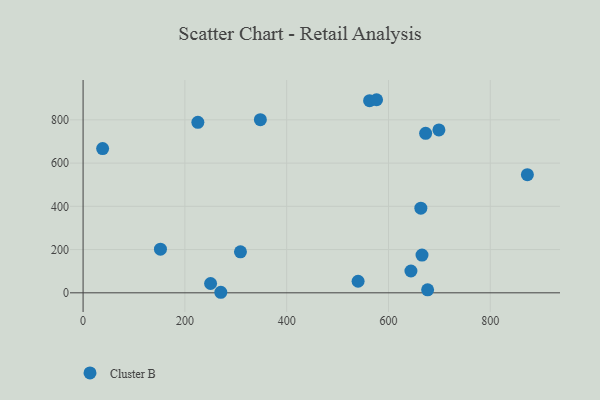
{"axis": {"x": "Engine Size", "y": "Sales"}, "legend": ["Cluster B"], "data": [{"x": "38.4", "y": 667.2, "type": "Cluster B"}, {"x": "309.2", "y": 189.5, "type": "Cluster B"}, {"x": "270.6", "y": 2.5, "type": "Cluster B"}, {"x": "872.9", "y": 546.4, "type": "Cluster B"}, {"x": "673.0", "y": 737.5, "type": "Cluster B"}, {"x": "152.0", "y": 201.9, "type": "Cluster B"}, {"x": "644.1", "y": 100.8, "type": "Cluster B"}, {"x": "348.3", "y": 800.9, "type": "Cluster B"}, {"x": "225.5", "y": 788.3, "type": "Cluster B"}, {"x": "562.9", "y": 888.5, "type": "Cluster B"}, {"x": "250.5", "y": 43.1, "type": "Cluster B"}, {"x": "699.1", "y": 753.5, "type": "Cluster B"}, {"x": "665.9", "y": 174.6, "type": "Cluster B"}, {"x": "676.9", "y": 13.6, "type": "Cluster B"}, {"x": "540.3", "y": 53.5, "type": "Cluster B"}, {"x": "663.6", "y": 391.4, "type": "Cluster B"}, {"x": "576.6", "y": 893.0, "type": "Cluster B"}]}